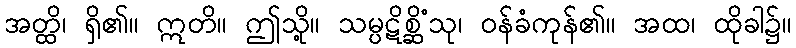
အတ္ထိ၊ ရှိ၏။ ဣတိ။ ဤသို့။ သမ္ပဋိစ္ဆိံသု၊ ဝန်ခံကုန်၏။ အထ၊ ထိုခါ၌။